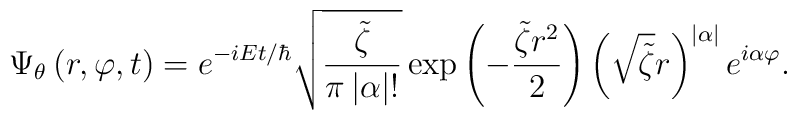
\Psi_{\theta}\left(  r,\varphi,t\right)  =e^{-iEt/\hbar}\sqrt{\frac{\tilde{\zeta}}{\pi\left|  \alpha\right|  !}}\exp\left(  -\frac{\tilde{\zeta}r^{2}}{2}\right)  \left(  \sqrt{\tilde{\zeta}}r\right)  ^{\left|\alpha\right|  }e^{i\alpha\varphi}.